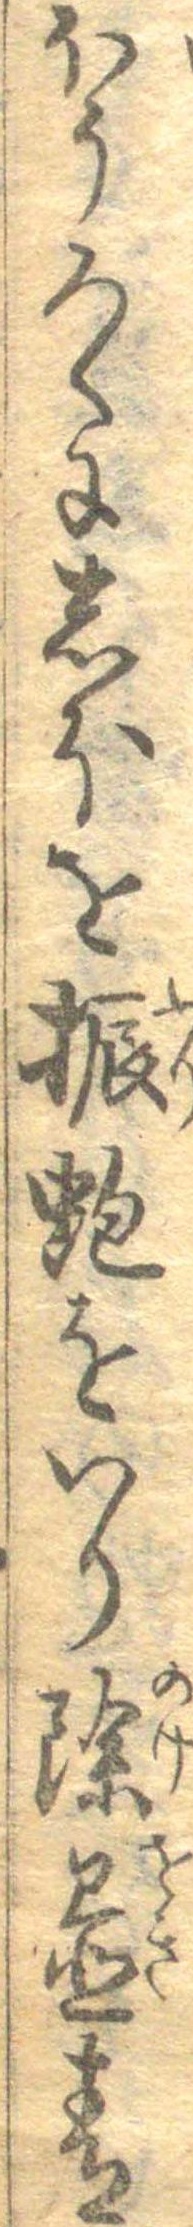
ほうろくにしほを振蚫をいり除置青